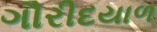
ગૌરીદયાળ